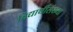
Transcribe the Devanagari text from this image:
विद्यार्थीसंख्या